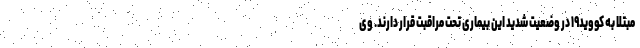
مبتلا به کووید۱۹ در وضعیت شدید این بیماری تحت مراقبت قرار دارند. وی